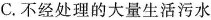
C.不经处理的大量生活污水